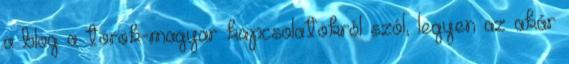
a blog a török-magyar kapcsolatokról szól, legyen az akár